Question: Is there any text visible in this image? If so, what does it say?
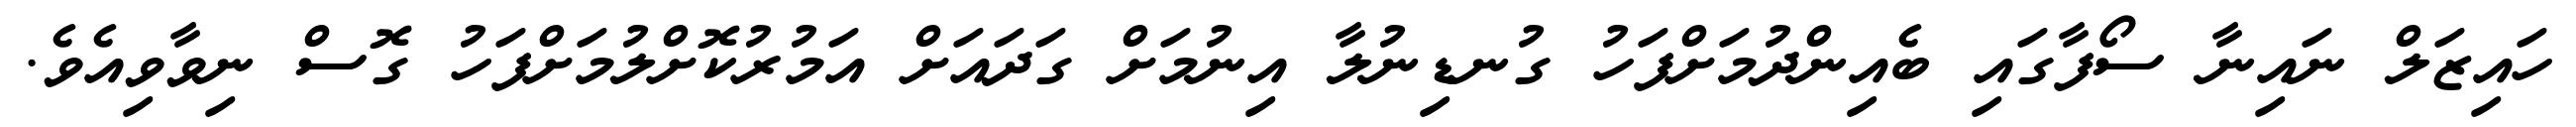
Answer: ހައިޒަލް ނައިނާ ސޯފާގައި ބެއިންދުމަށްފަހު ގުނޑިނުލާ އިނުމަށް ގަދައަށް އަމުރުކޮށްލުމަށްފަހު ގޮސް ނިވާވިއެވެ.